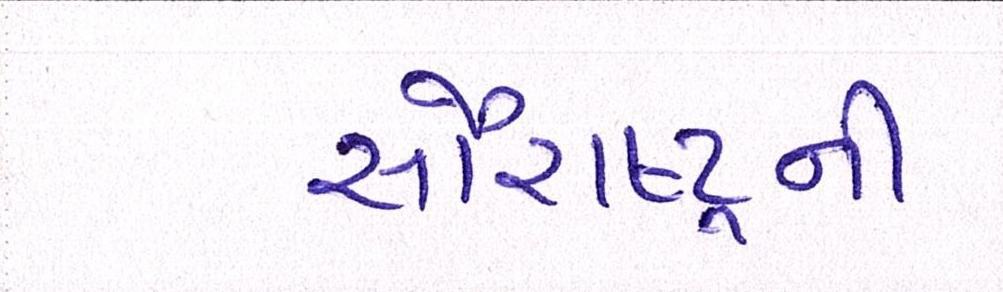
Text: સૌરાષ્ટ્ર્રની